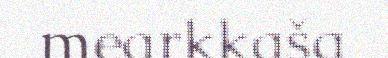
mearkkaša